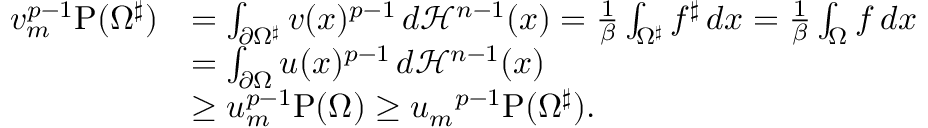
\begin{array} { r l } { v _ { m } ^ { p - 1 } \mathrm { P } ( \Omega ^ { \sharp } ) } & { = \int _ { \partial \Omega ^ { \sharp } } v ( x ) ^ { p - 1 } \, d \mathcal { H } ^ { n - 1 } ( x ) = \frac { 1 } { \beta } \int _ { \Omega ^ { \sharp } } f ^ { \sharp } \, d x = \frac { 1 } { \beta } \int _ { \Omega } f \, d x } \\ & { = \int _ { \partial \Omega } u ( x ) ^ { p - 1 } \, d \mathcal { H } ^ { n - 1 } ( x ) } \\ & { \geq u _ { m } ^ { p - 1 } \mathrm { P } ( \Omega ) \geq { u _ { m } } ^ { p - 1 } \mathrm { P } ( \Omega ^ { \sharp } ) . } \end{array}